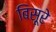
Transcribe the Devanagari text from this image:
बिसूरे